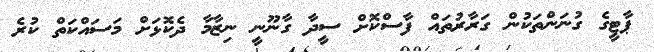
ޕާޓީގެ ގުނަންތަކުން ގަރާރުތައް ފާސްކޮށް ސީދާ ގާނޫނީ ނިޒާމާ ދެކޮޅަށް މަސައްކަތް ކުރެ